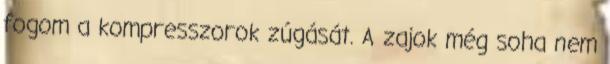
fogom a kompresszorok zúgását. A zajok még soha nem